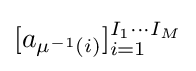
[a_{\mu ^{-1}(i)}]_{i=1}^{I_{1}\cdots I_{M}}